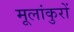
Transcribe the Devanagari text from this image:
मूलांकुरों